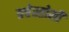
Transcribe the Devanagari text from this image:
त्रचेस्तोमी